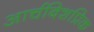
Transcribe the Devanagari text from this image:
आर्चबिशप्रिक